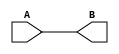
module basicCounter (A,B);

   input A;
   output B;

   assign B=A;

   endmodule